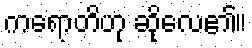
ကရောတိဟု ဆိုလေ၏။